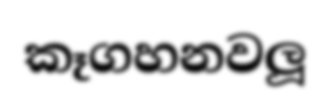
කෑගහනවලූ